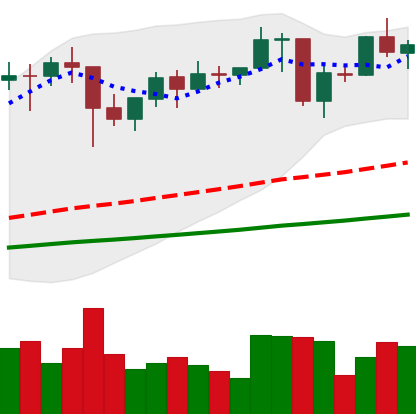
Ticker: ETH-USD
Chart end date: 2021-01-26
Forward return: -3.1%
Label: down_3_5